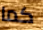
كما